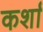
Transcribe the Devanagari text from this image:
कर्शा